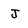
Character: J